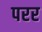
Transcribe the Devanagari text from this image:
परर